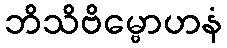
ဘိသိဗိမ္ဗောဟနံ